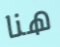
هنا